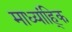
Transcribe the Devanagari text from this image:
माध्यांह्कि